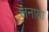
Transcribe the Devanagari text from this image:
जनाया